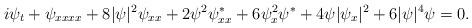
LaTeX: \begin{align*} i\psi_{t}+\psi_{xxxx}+8|\psi|^2\psi_{xx}+2\psi^2\psi^{\ast}_{xx}+6\psi_x^2\psi^{\ast}+4\psi|\psi_x|^2+6|\psi|^4\psi=0.\end{align*}